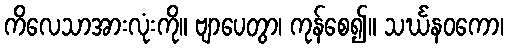
ကိလေသာအားလုံးကို။ ဗျာပေတွာ၊ ကုန်စေ၍။ သင်္ဃနဝကော၊